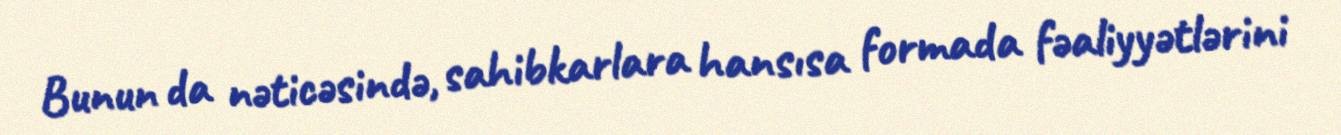
Bunun da nəticəsində, sahibkarlara hansısa formada fəaliyyətlərini